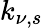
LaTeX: k_{\nu,s}